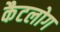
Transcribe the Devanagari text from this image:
कैटलोग